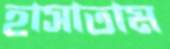
হাসাতাম